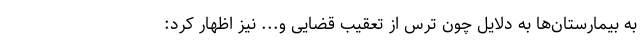
به بیمارستان‌ها به دلایل چون ترس از تعقیب قضایی و... نیز اظهار کرد: